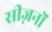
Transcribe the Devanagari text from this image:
सीज़नोंं